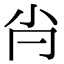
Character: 𡭙